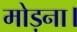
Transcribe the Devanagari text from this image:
मोड़ना।